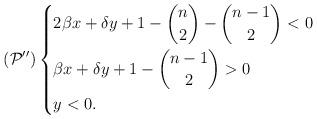
LaTeX: \begin{align*}(\mathcal{P}'') \left\{ \begin{aligned}& 2\beta x + \delta y +1 - \binom{n}{2} - \binom{n-1}{2} <0\\&\beta x + \delta y + 1 - \binom{n-1}{2} >0\\& y <0.\end{aligned}\right.\end{align*}